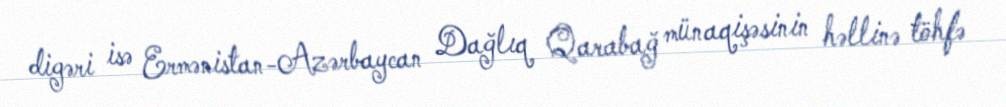
digəri isə Ermənistan-Azərbaycan Dağlıq Qarabağ münaqişəsinin həllinə töhfə